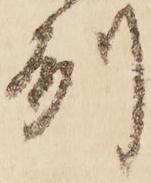
州